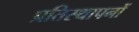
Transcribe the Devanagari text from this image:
प्रतिस्थापनों